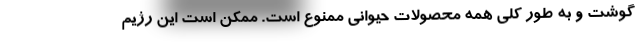
گوشت و به طور کلی همه محصولات حیوانی ممنوع است. ممکن است این رژیم